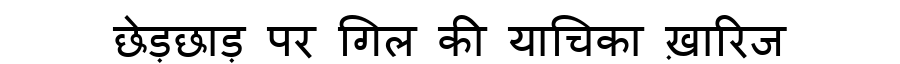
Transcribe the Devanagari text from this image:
छेड़छाड़ पर गिल की याचिका ख़ारिज